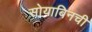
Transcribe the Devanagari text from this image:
सोयाबिनची